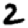
Digit: 2